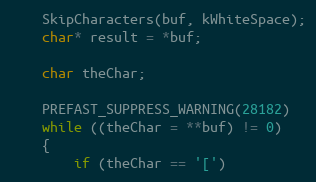
Language: C++
	SkipCharacters(buf, kWhiteSpace);
	char* result = *buf;

	char theChar;

	PREFAST_SUPPRESS_WARNING(28182)
	while ((theChar = **buf) != 0)
	{
		if (theChar == '[')